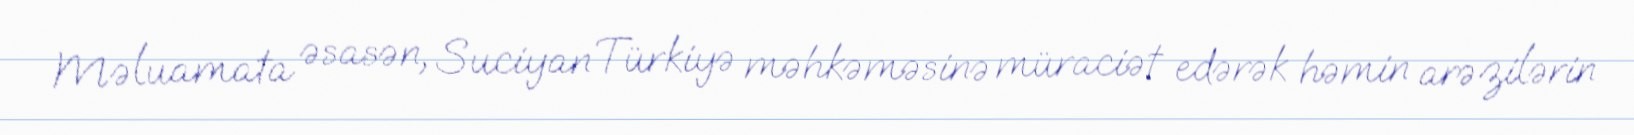
Məluamata əsasən, Suciyan Türkiyə məhkəməsinə müraciət edərək həmin arəzilərin